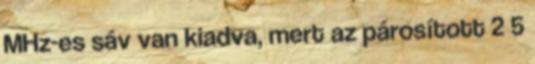
MHz-es sáv van kiadva, mert az párosított 2 5